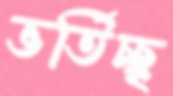
ভর্তিচ্ছৃ